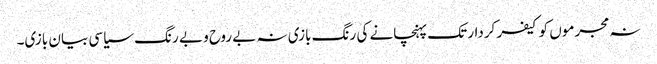
نہ مجرموں کو کیفر کردار تک پہنچانے کی رنگ بازی نہ بے روح و بے رنگ سیاسی بیان بازی۔